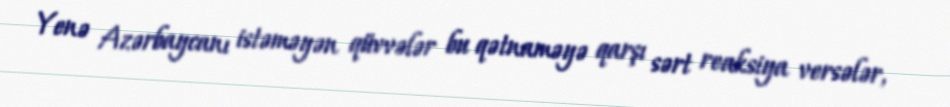
Yenə Azərbaycanı istəməyən qüvvələr bu qətnaməyə qarşı sərt reaksiya versələr,